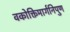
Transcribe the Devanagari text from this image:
वकोक्तिमार्गनिपुण